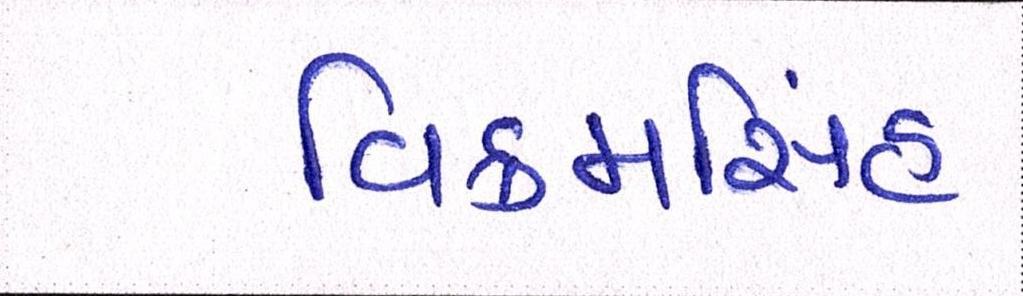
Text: વિક્રમસિંહ